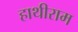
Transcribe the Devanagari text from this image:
हाथीराम